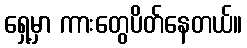
ရှေ့မှာ ကားတွေပိတ်နေတယ်။